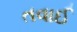
તવાઈ